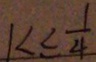
1 < \leq \frac { 1 } { 4 }